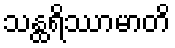
သန္ထရိဿာမာတိ